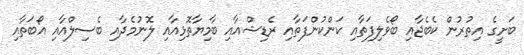
ބަށީގެ އިތުރުން ކެބެޖާއި ބޯވެލިފަތާއި ކަންކުންފަތާއި ރެޑިޝްއާއި ބާމިޔާތޮޅިއާއި ލޮނުމެދާއި ބެސިލްއާއި އޯބަތާއި